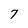
Character: 7